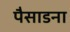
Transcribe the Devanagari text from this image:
पैसाडना